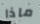
ماذا